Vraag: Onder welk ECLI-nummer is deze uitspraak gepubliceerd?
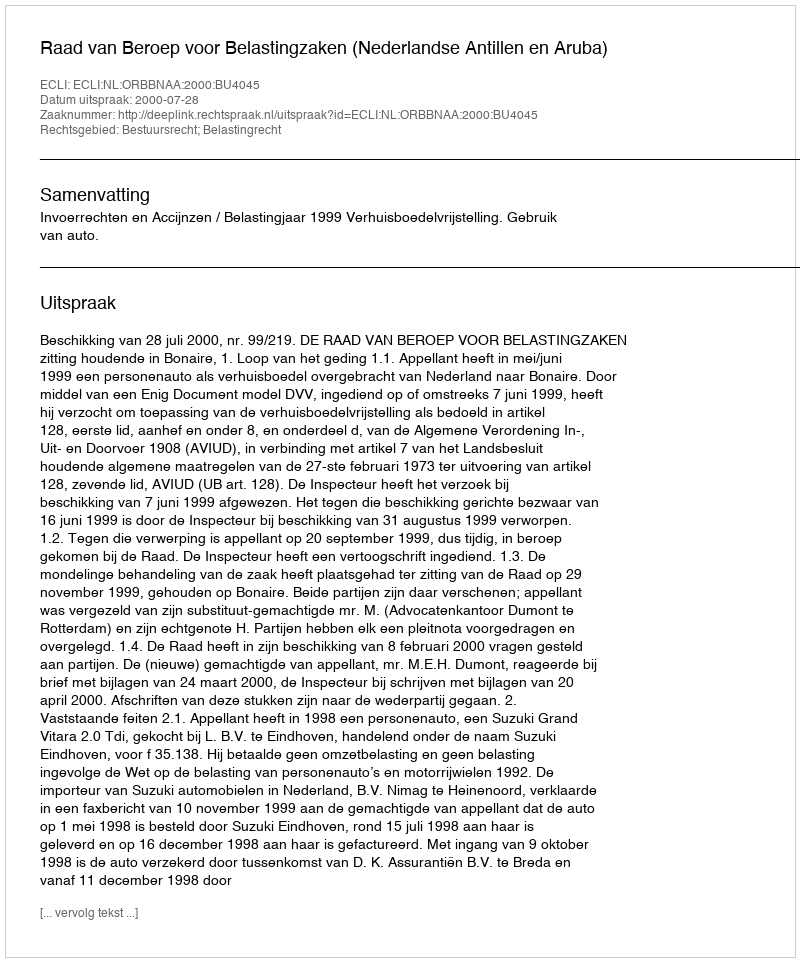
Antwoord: ECLI:NL:ORBBNAA:2000:BU4045